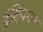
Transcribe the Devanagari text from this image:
इंद्रियगत